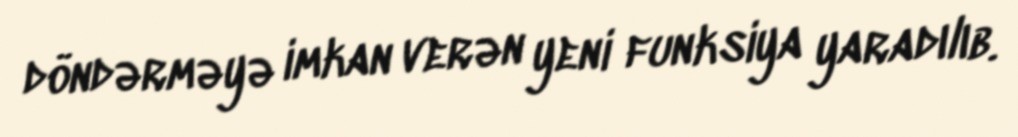
döndərməyə imkan verən yeni funksiya yaradılıb.